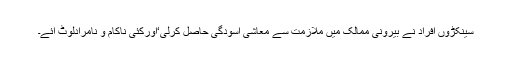
سینکڑوں افراد نے بیرونی ممالک میں ملازمت سے معاشی آسودگی حاصل کرلی‘اورکئی ناکام و نامرادلوٹ آئے۔